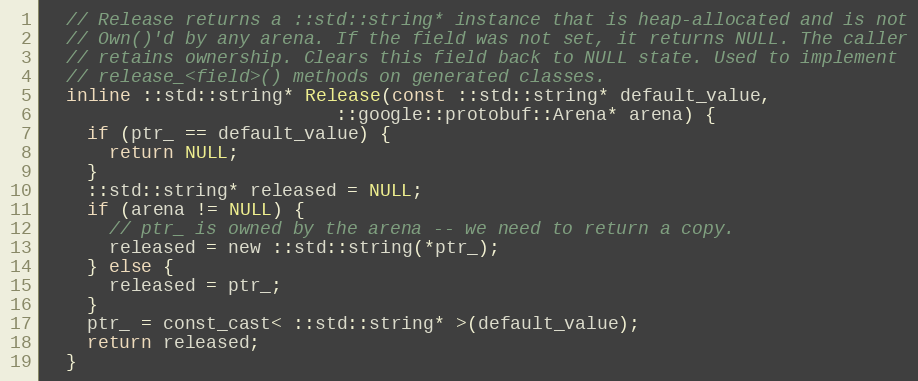
Language: C
  // Release returns a ::std::string* instance that is heap-allocated and is not
  // Own()'d by any arena. If the field was not set, it returns NULL. The caller
  // retains ownership. Clears this field back to NULL state. Used to implement
  // release_<field>() methods on generated classes.
  inline ::std::string* Release(const ::std::string* default_value,
                           ::google::protobuf::Arena* arena) {
    if (ptr_ == default_value) {
      return NULL;
    }
    ::std::string* released = NULL;
    if (arena != NULL) {
      // ptr_ is owned by the arena -- we need to return a copy.
      released = new ::std::string(*ptr_);
    } else {
      released = ptr_;
    }
    ptr_ = const_cast< ::std::string* >(default_value);
    return released;
  }